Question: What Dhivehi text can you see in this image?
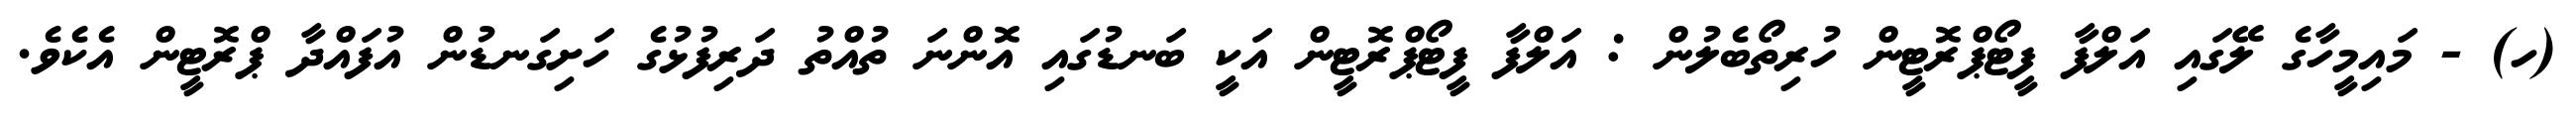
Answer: (ހ) - މައިމީހާގެ ލޭގައި އަލްފާ ފީޓޯޕްރޮޓީން ހުރިތޯބެލުން : އަލްފާ ފީޓޯޕްރޮޓީން އަކީ ބަނޑުގައި އޮންނަ ތުއްތު ދަރިފުޅުގެ ހަށިގަނޑުން އުފައްދާ ޕްރޮޓީން އެކެވެ.